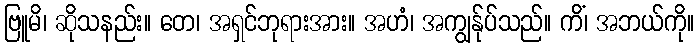
ဗြူမိ၊ ဆိုသနည်း။ တေ၊ အရှင်ဘုရားအား။ အဟံ၊ အကျွန်ုပ်သည်။ ကိံ၊ အဘယ်ကို။